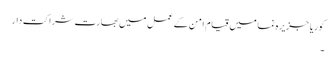
کوریا جزیرہ نما میں قیام امن کے عمل میں بھارت شراکت دار
۔